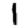
Digit: 1